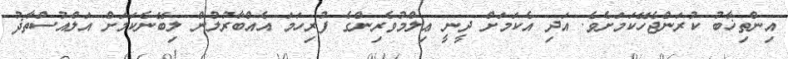
އިންތިޚާބު ކުރަންޖެހޭކަމަށެވެ. އަދި އެކަމަށް ދީނީ ޢިލްމުވެރިންގެ ފުރިހަމަ އެއްބާރުލުން ލިބޭނެކަމަށް އަލްއުސްތާޛު